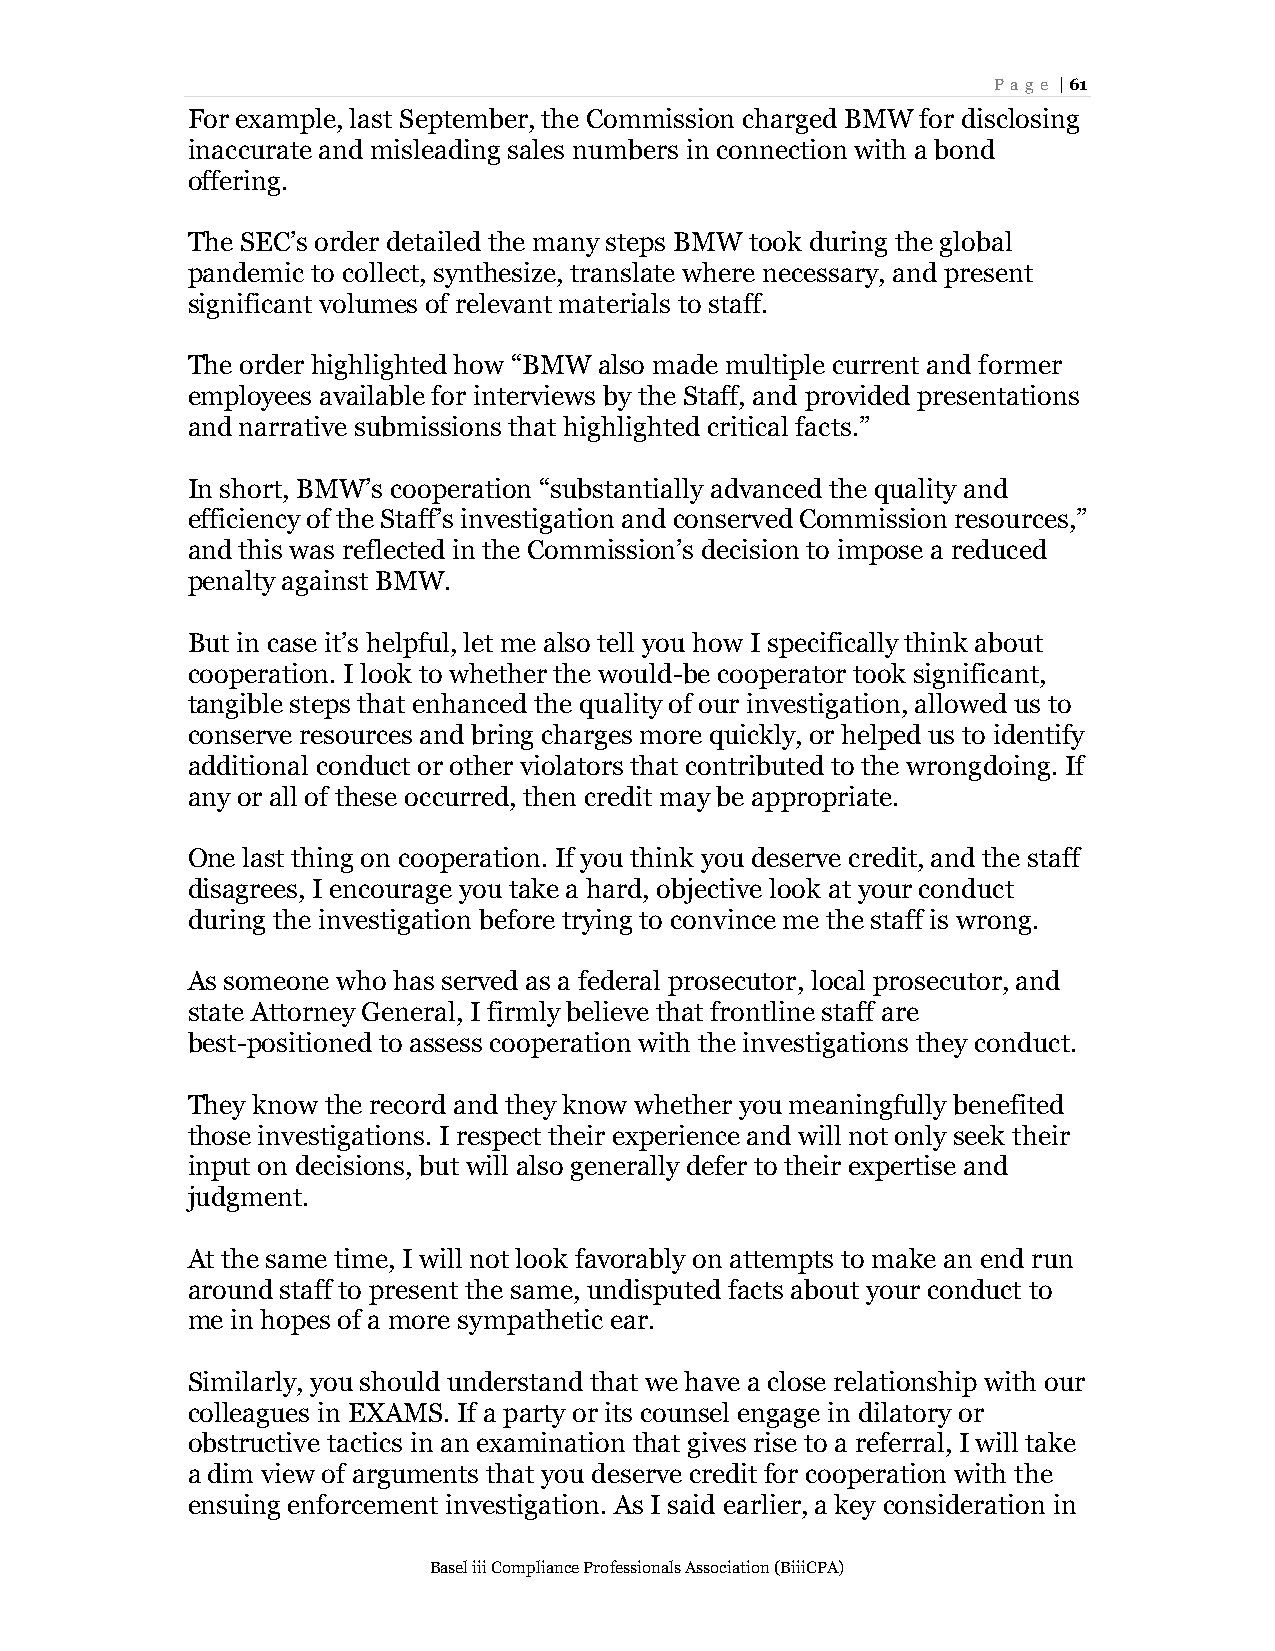
Page | 61
 For example, last September, the Commission charged BMW for disclosing
 inaccurate and misleading sales numbers in connection with a bond
 offering.
 The SEC’s order detailed the many steps BMW took during the global
 pandemic to collect, synthesize, translate where necessary, and present
 significant volumes of relevant materials to staff.
 The order highlighted how “BMW also made multiple current and former
 employees available for interviews by the Staff, and provided presentations
 and narrative submissions that highlighted critical facts.”
 In short, BMW’s cooperation “substantially advanced the quality and
 efficiency of the Staff’s investigation and conserved Commission resources,”
 and this was reflected in the Commission’s decision to impose a reduced
 penalty against BMW.
 But in case it’s helpful, let me also tell you how I specifically think about
 cooperation. I look to whether the would-be cooperator took significant,
 tangible steps that enhanced the quality of our investigation, allowed us to
 conserve resources and bring charges more quickly, or helped us to identify
 additional conduct or other violators that contributed to the wrongdoing. If
 any or all of these occurred, then credit may be appropriate.
 One last thing on cooperation. If you think you deserve credit, and the staff
 disagrees, I encourage you take a hard, objective look at your conduct
 during the investigation before trying to convince me the staff is wrong.
 As someone who has served as a federal prosecutor, local prosecutor, and
 state Attorney General, I firmly believe that frontline staff are
 best-positioned to assess cooperation with the investigations they conduct.
 They know the record and they know whether you meaningfully benefited
 those investigations. I respect their experience and will not only seek their
 input on decisions, but will also generally defer to their expertise and
 judgment.
 At the same time, I will not look favorably on attempts to make an end run
 around staff to present the same, undisputed facts about your conduct to
 me in hopes of a more sympathetic ear.
 Similarly, you should understand that we have a close relationship with our
 colleagues in EXAMS. If a party or its counsel engage in dilatory or
 obstructive tactics in an examination that gives rise to a referral, I will take
 a dim view of arguments that you deserve credit for cooperation with the
 ensuing enforcement investigation. As I said earlier, a key consideration in
 Basel iii Compliance Professionals Association (BiiiCPA)